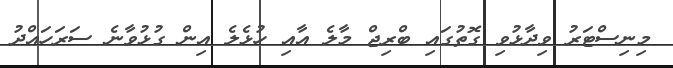
މިނިސްޓަރު ވިދާޅުވި ގޮތުގައި ބްރިޖް މާލެ އާއި ހުޅެލެ އިން ގުޅުވާނެ ސަރަހައްދު